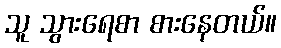
သူ သွားရေစာ စားနေတယ်။